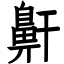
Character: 鼾